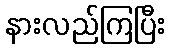
နားလည်ကြပြီး